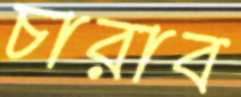
চারাব